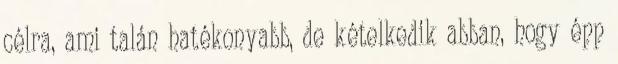
célra, ami talán hatékonyabb, de kételkedik abban, hogy épp